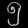
Digit: ၅